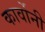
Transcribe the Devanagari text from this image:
कार्वोनी